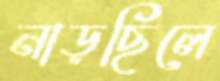
নাড়ছিলে